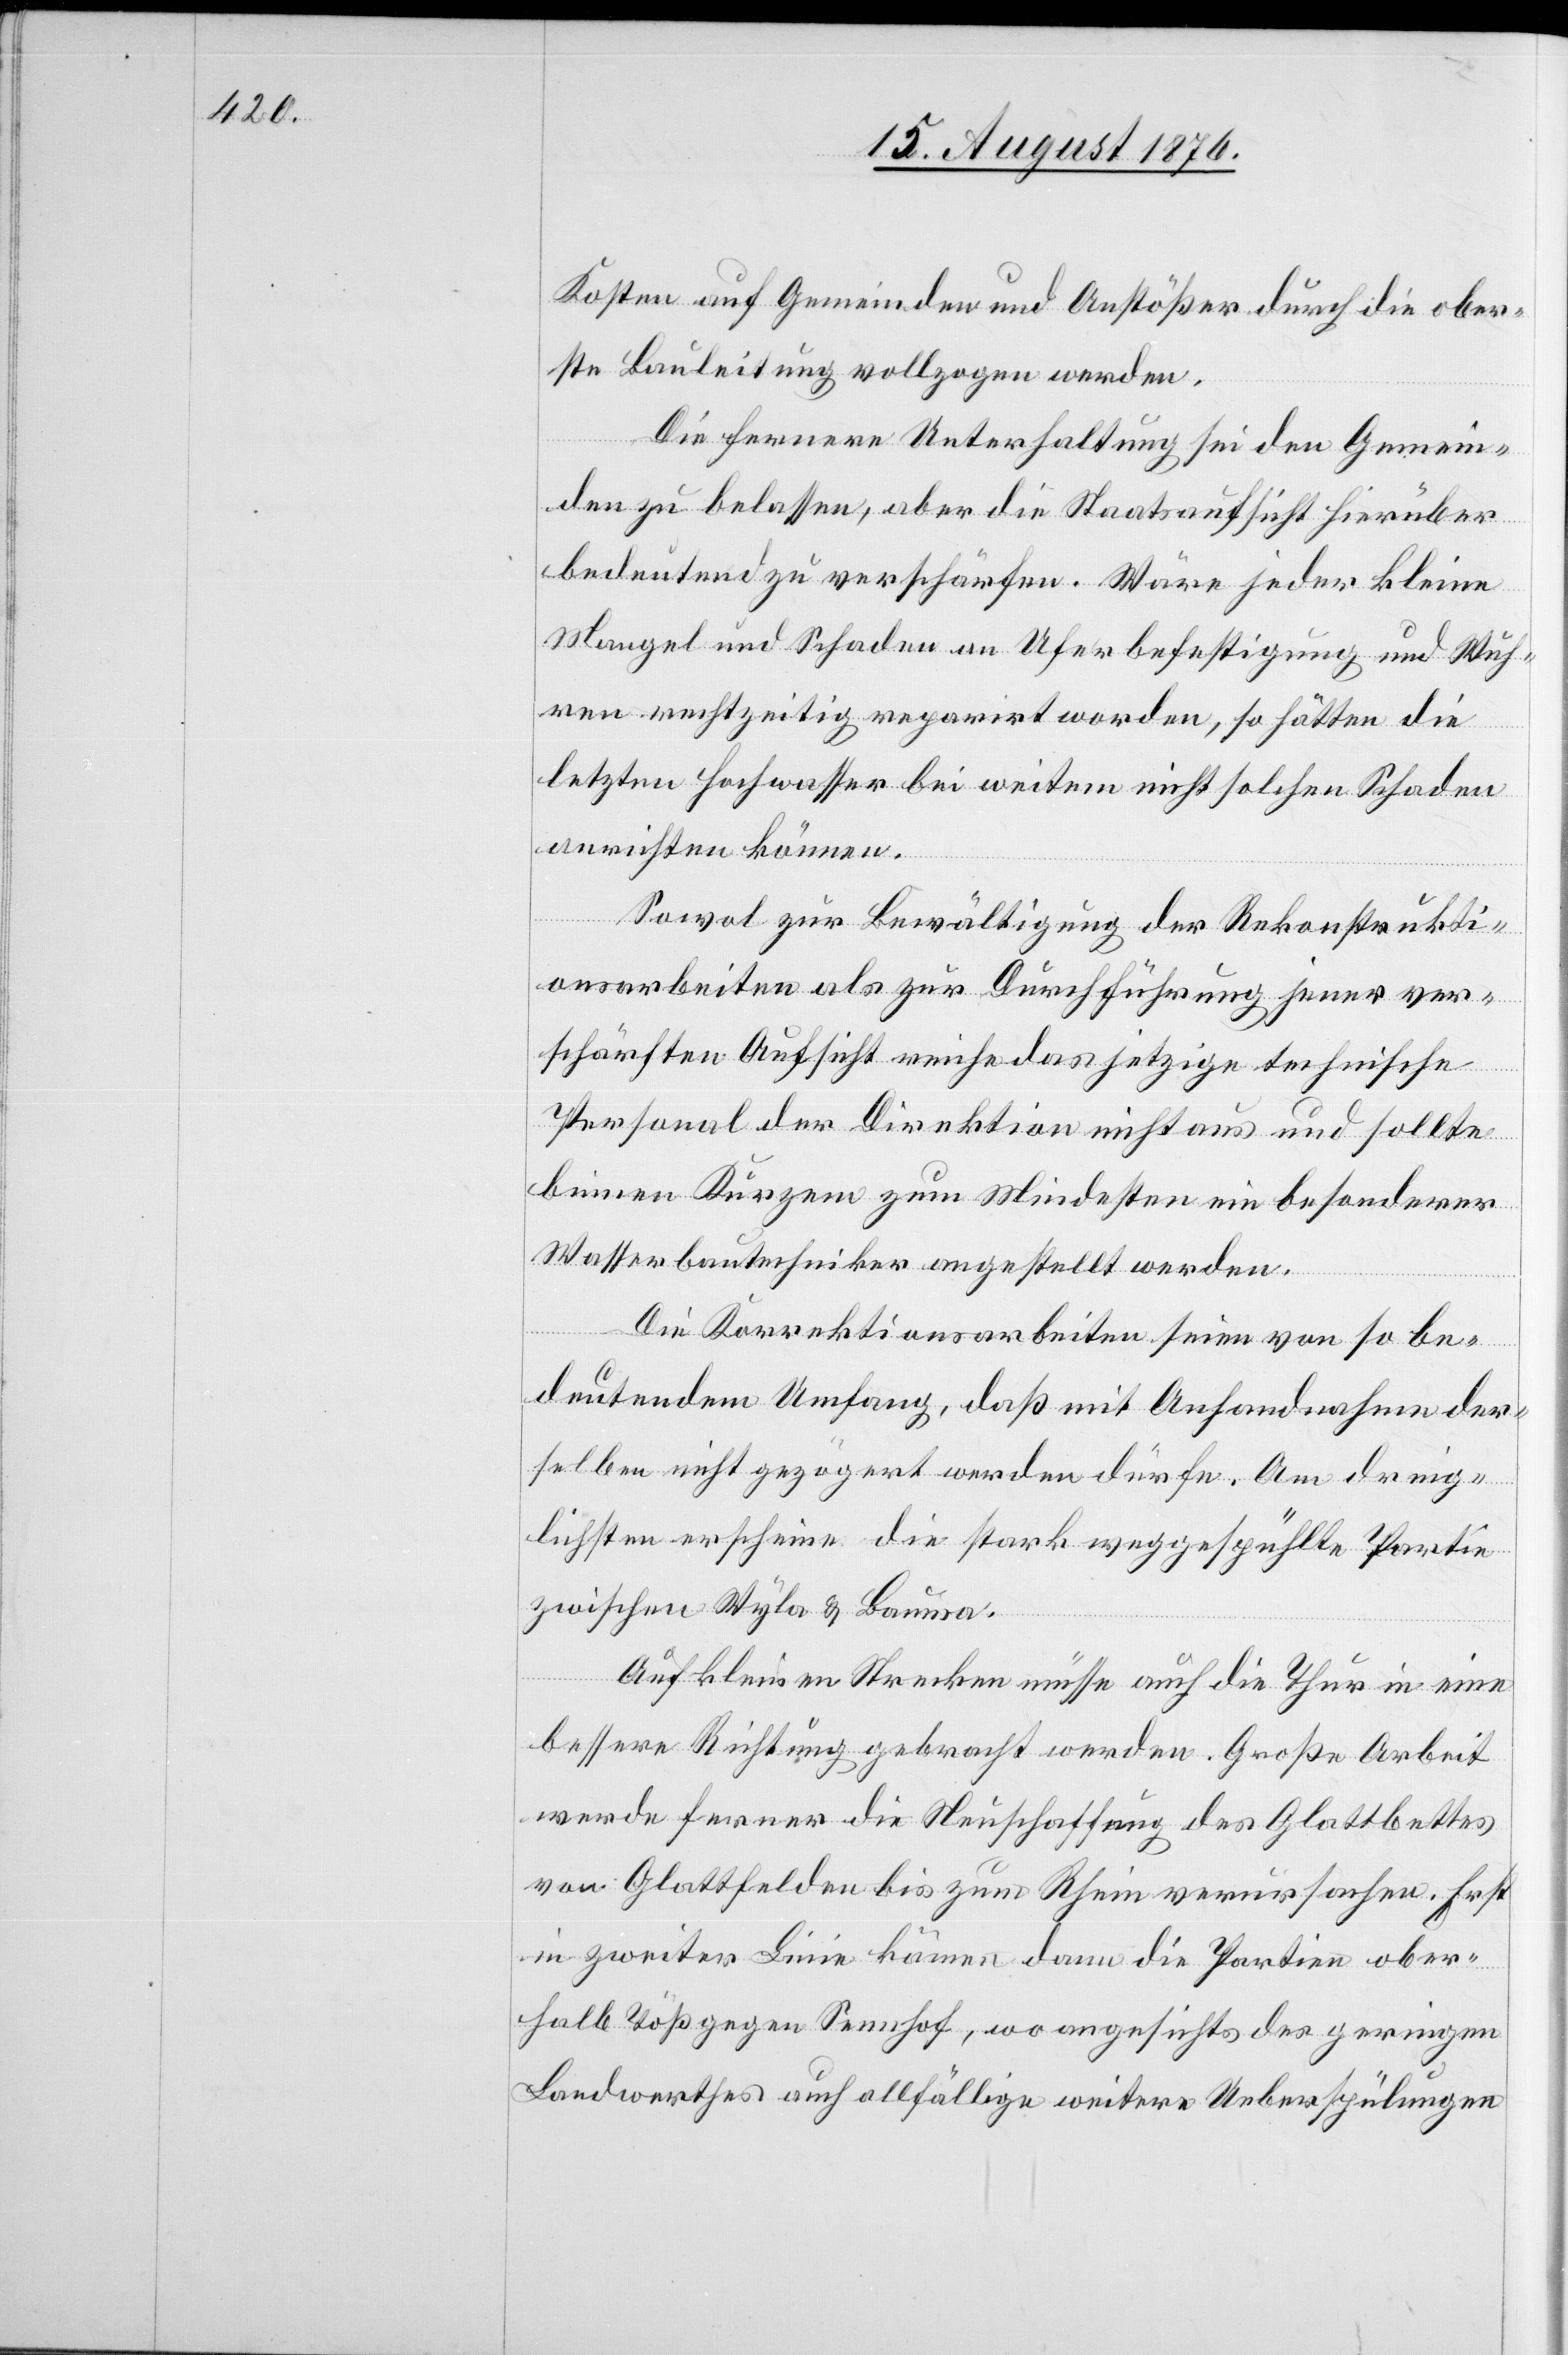
Kosten auf Gemeinden und Anstößer durch die ober¬
ste Bauleitung vollzogen werden.
Die fernere Unterhaltung sei den Gemein¬
den zu belassen, aber die Staatsaufsicht hierüber
bedeutend zu verschärfen. Wäre jeder kleine
Mangel und Schaden an Uferbefestigung und Wuh¬
ren rechtzeitig reparirt worden, so hätten die
letzten Hochwasser bei weitem nicht solchen Schaden
anrichten können.
Sowol zur Bewältigung der Rekonstrukti¬
onsarbeiten als zur Durchführung jener ver¬
schärften Aufsicht reiche das jetzige technische
Personal der Direktion nicht aus und sollte
binnen Kurzem zum Mindesten ein besonderer
Wasserbautechniker angestellt werden.
Die Korrektionsarbeiten seien von so be¬
deutendem Umfang, daß mit Anhandnahme der¬
selben nicht gezögert werden dürfe. Am dring¬
lichsten erscheine die stark weggespühlte Partie
zwischen Wyla & Bauma.
Auf kleinen Strecken müsse auch die Thur in eine
bessere Richtung gebracht werden. Große Arbeit
werde ferner die Neuschaffung des Glattbettes
von Glattfelden bis zum Rhein verursachen. Erst
in zweiter Linie kämen dann die Partien ober¬
halb Töß gegen Sennhof, wo angesichts des geringen
Landwerthes auch allfällige weitere Ueberspülungen